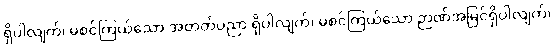
ရှိပါလျက်၊ မစင်ကြယ်သော အတတ်ပညာ ရှိပါလျက်၊ မစင်ကြယ်သော ဉာဏ်အမြင်ရှိပါလျက်၊